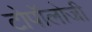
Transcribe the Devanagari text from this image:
टोपॉलोजी